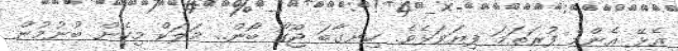
އެޅޭ އެންމެ ފުރަތަމަ ފިޔަވަޅެވެ. ހިނގާބަ ޖޫގޯ ބޯން.. މަލަކް މިހެން ބުނުމުން